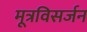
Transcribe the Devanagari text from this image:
मूत्रविसर्जन